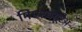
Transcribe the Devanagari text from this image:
मिएरक्यूरेअ